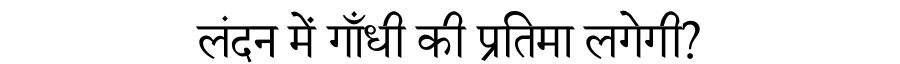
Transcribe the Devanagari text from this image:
लंदन में गाँधी की प्रतिमा लगेगी?